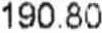
190.80